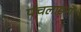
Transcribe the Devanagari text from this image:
पंचलाइनों